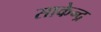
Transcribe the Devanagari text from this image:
साकेन्द्र